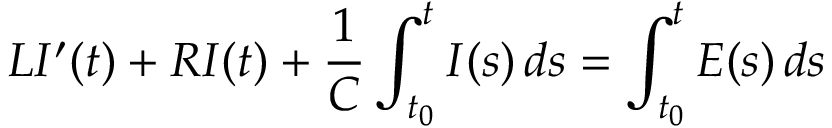
L I ^ { \prime } ( t ) + R I ( t ) + { \frac { 1 } { C } } \int _ { t _ { 0 } } ^ { t } I ( s ) \, d s = \int _ { t _ { 0 } } ^ { t } E ( s ) \, d s